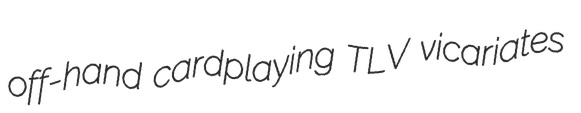
off-hand cardplaying TLV vicariates